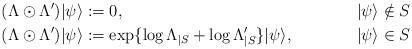
LaTeX: \begin{align*}(\Lambda\odot \Lambda')|\psi\rangle &:= 0,& |\psi\rangle \notin S\\(\Lambda\odot \Lambda')|\psi\rangle &:= \exp\{\log \Lambda_{|S} + \log \Lambda'_{|S}\}|\psi\rangle,& |\psi\rangle \in S\end{align*}